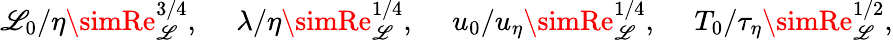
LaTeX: \mathscr{L}_{0}/\eta\simRe_{\mathscr{L}}^{3/4},\quad\; \lambda/\eta\simRe_{\mathscr{L}}^{1/4},\quad\; u_{0}/u_{\eta}\simRe_{\mathscr{L}}^{1/4},\quad\; T_{0}/\tau_{\eta}\simRe_{\mathscr{L}}^{1/2},